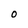
Character: O